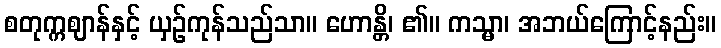
စတုက္ကဈာန်နှင့် ယှဉ်ကုန်သည်သာ။ ဟောန္တိ၊ ၏။ ကသ္မာ၊ အဘယ်ကြောင့်နည်း။